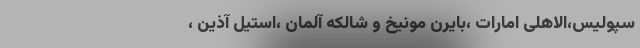
سپولیس،‌الاهلی امارات ،‌بایرن مونیخ و شالکه آلمان ،‌استیل آذین ،‌